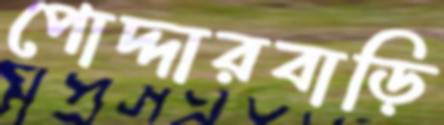
পোদ্দারবাড়ি